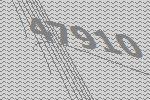
47910